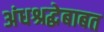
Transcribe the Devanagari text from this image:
अंधश्रद्धेबाबत